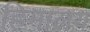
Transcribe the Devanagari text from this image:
हिमालय